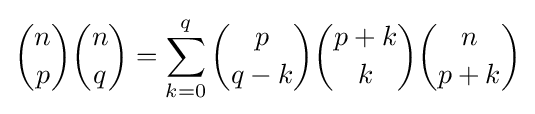
{n \choose p}{n \choose q}=\sum _{k=0}^{q}{p \choose {q-k}}{{p+k} \choose k}{n \choose {p+k}}